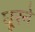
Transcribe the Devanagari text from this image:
घूरने